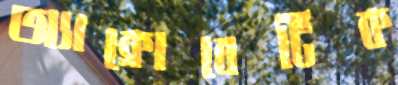
অ্যাক্রোবেটিক